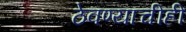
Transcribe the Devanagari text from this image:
ठेवण्याचीही